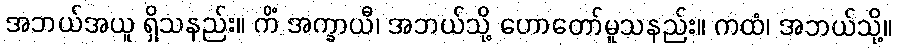
အဘယ်အယူ ရှိသနည်း။ ကိံ အက္ခာယီ၊ အဘယ်သို့ ဟောတော်မူသနည်း။ ကထံ၊ အဘယ်သို့။